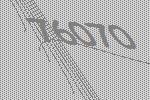
76070